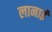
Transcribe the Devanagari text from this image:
लानाई